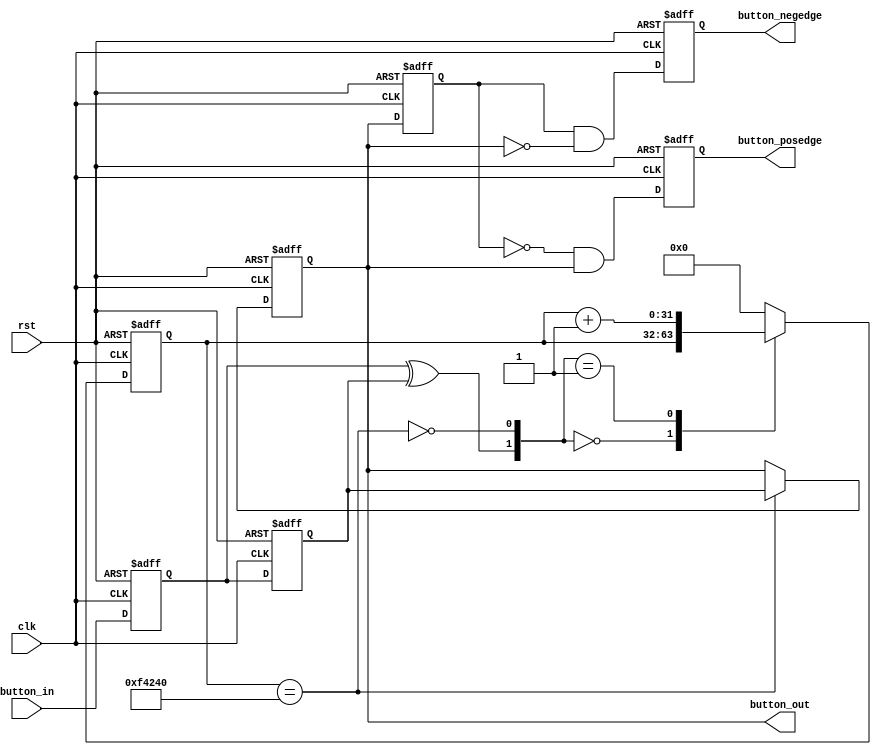
// ---------------------------------------------
// 
// ---------------------------------------------

`timescale 1ns / 100ps
module ax_bounce(
    input       clk,
    input       rst,   
    input       button_in,
    output reg  button_posedge,
    output reg  button_negedge,
    output reg  button_out
);

//// ---------------- internal constants --------------
parameter N = 32 ;           // debounce timer bitwidth
parameter FREQ = 50;         //model clock :Mhz
parameter MAX_TIME = 20;     //ms
localparam TIMER_MAX_VAL =   MAX_TIME * 1000 * FREQ;
////---------------- internal variables ---------------
reg  [N-1 : 0]  q_reg;      // timing regs
reg  [N-1 : 0]  q_next;
reg DFF1, DFF2;             // input flip-flops
wire q_add;                 // control flags
wire q_reset;
reg button_out_d0;
//// ------------------------------------------------------

////contenious assignment for counter control
assign q_reset = (DFF1  ^ DFF2);          // xor input flip flops to look for level chage to reset counter
assign q_add = ~(q_reg == TIMER_MAX_VAL); // add to counter when q_reg msb is equal to 0
    
//// combo counter to manage q_next 
always @ ( q_reset, q_add, q_reg)
begin
    case( {q_reset , q_add})
        2'b00 :
                q_next <= q_reg;
        2'b01 :
                q_next <= q_reg + 1;
        default :
                q_next <= { N {1'b0} };
    endcase     
end

//// Flip flop inputs and q_reg update
always @ ( posedge clk or posedge rst)
begin
    if(rst == 1'b1)
    begin
        DFF1 <= 1'b0;
        DFF2 <= 1'b0;
        q_reg <= { N {1'b0} };
    end
    else
    begin
        DFF1 <= button_in;
        DFF2 <= DFF1;
        q_reg <= q_next;
    end
end

//// counter control
always @ ( posedge clk or posedge rst)
begin
	if(rst == 1'b1)
		button_out <= 1'b1;
    else if(q_reg == TIMER_MAX_VAL)
        button_out <= DFF2;
    else
        button_out <= button_out;
end

always @ ( posedge clk or posedge rst)
begin
	if(rst == 1'b1)
	begin
		button_out_d0 <= 1'b1;
		button_posedge <= 1'b0;
		button_negedge <= 1'b0;
	end
	else
	begin
		button_out_d0 <= button_out;
		button_posedge <= ~button_out_d0 & button_out;
		button_negedge <= button_out_d0 & ~button_out;
	end	
end

endmodule // ax_bounce